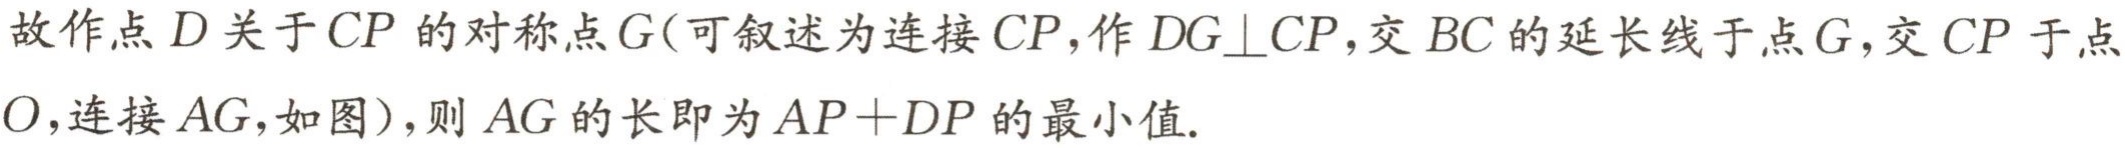
故作点 \(D\) 关于 \(CP\) 的对称点 \(G\)（可叙述为连接 \(CP\)，作 \(DG\perp CP\)，交 \(BC\) 的延长线于点 \(G\)，交 \(CP\) 于点 \(O\)，连接 \(AG\)，如图），则 \(AG\) 的长即为 \(AP + DP\) 的最小值.